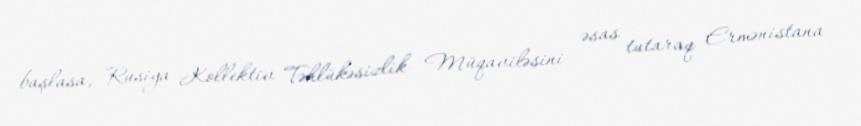
başlasa, Rusiya Kollektiv Təhlükəsizlik Müqaviləsini əsas tutaraq Ermənistana